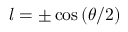
l = \pm \cos \left( \theta / 2 \right)